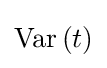
{\textrm {Var}}\left(t\right)